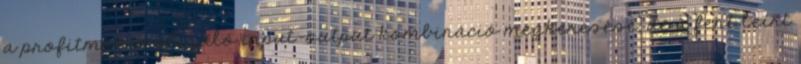
a profitmaximalizáló input–output kombináció megkeresése, de a fent leírt